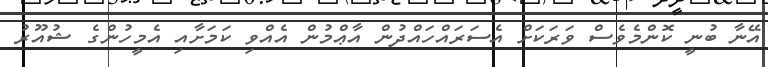
އޭނާ ބުނީ ކޮންމެވެސް ވަރަކަށް އެސަރައްހައްދުން އާޢްމުން އެއްވި ކަމަށާއި އެމީހުންގެ ޝުއޫރު